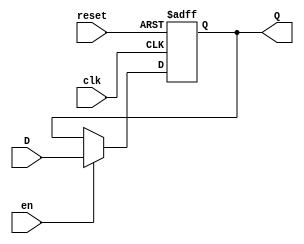
module barrier_register (
    input wire clk,        // Clock signal
    input wire en,        // Enable signal
    input wire reset,     // Asynchronous reset signal
    input wire [N-1:0] D, // Data input (N-bit wide)
    output reg [N-1:0] Q  // Data output (N-bit wide)
);
    parameter N = 8; // Parameter to define the width of the register

    // Asynchronous reset and synchronous data storage
    always @(posedge clk or posedge reset) begin
        if (reset) begin
            Q <= {N{1'b0}}; // Set Q to zero on reset
        end else if (en) begin
            Q <= D; // Latch the input data D into Q if enable is high
        end
        // If reset is not asserted and enable is low, Q retains its value
    end

endmodule